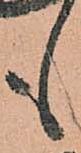
も